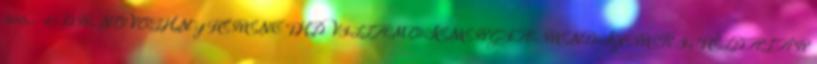
500,- 41 DR. NOVOTHNY FERENC PHD VILLAMOSENERGIA-RENDSZEREK I. PÉLDATÁR